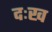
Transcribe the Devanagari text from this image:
दःख